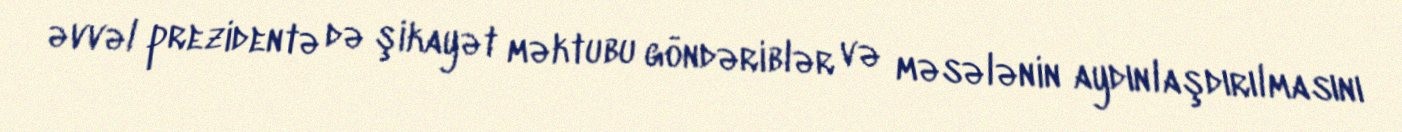
əvvəl prezidentə də şikayət məktubu göndəriblər və məsələnin aydınlaşdırılmasını